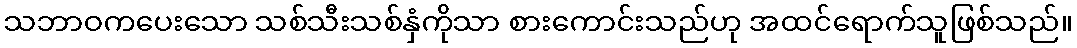
သဘာဝကပေးသော သစ်သီးသစ်နှံကိုသာ စားကောင်းသည်ဟု အထင်ရောက်သူဖြစ်သည်။